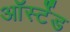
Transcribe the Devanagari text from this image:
ऑर्स्टेड